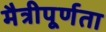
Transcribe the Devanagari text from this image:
मैत्रीपूर्णता